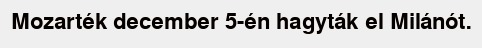
Mozarték december 5-én hagyták el Milánót.